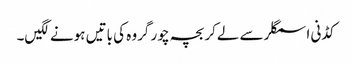
کڈنی اسمگلر سے لےکر بچہ چور گروہ کی باتیں ہونے لگیں۔